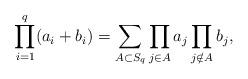
LaTeX: \begin{align*}\prod_{i=1}^q (a_i+b_i) = \sum_{A \subset S_q}\prod_{j \in A} a_j \prod_{j \notin A}b_j,\end{align*}